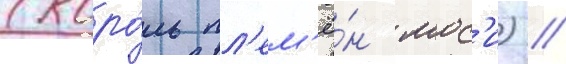
(коро́ль пл'ем'ё́н мос'и) /